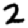
Digit: 2